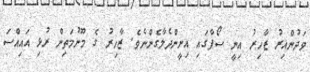
ވަދުންއިރު ޒާހިރު އިނީ ސޯފާގައި އިށީންދެލާގެންނެވެ. ޒާހިރު ގެ މޫނުމަތިން ރުޅި އައިއްސަ